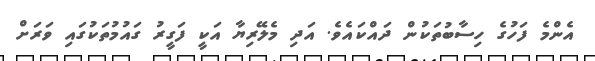
އެންމެ ފަހުގެ ހިސާބުތަކުން ދައްކައެވެ. އަދި މެލޭރިޔާ އަކީ ފަގީރު ގައުމުތަކުގައި ވަރަށް